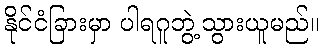
နိုင်ငံခြားမှာ ပါရဂူဘွဲ့သွားယူမည်။